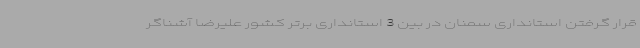
قرار گرفتن استانداری سمنان در بین 3 استانداری برتر کشور علیرضا آشناگر